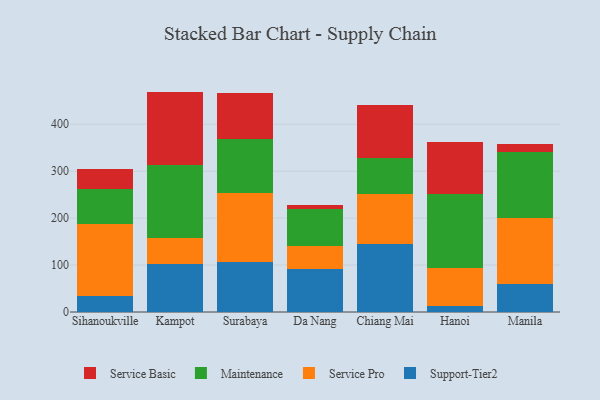
{"axis": {"x": "City", "y": "Shipments"}, "legend": ["Maintenance", "Service Basic", "Service Pro", "Support-Tier2"], "data": [{"x": "Sihanoukville", "y": 34.9, "type": "Support-Tier2"}, {"x": "Sihanoukville", "y": 151.8, "type": "Service Pro"}, {"x": "Sihanoukville", "y": 74.9, "type": "Maintenance"}, {"x": "Sihanoukville", "y": 42.1, "type": "Service Basic"}, {"x": "Kampot", "y": 102.8, "type": "Support-Tier2"}, {"x": "Kampot", "y": 54.0, "type": "Service Pro"}, {"x": "Kampot", "y": 155.3, "type": "Maintenance"}, {"x": "Kampot", "y": 157.4, "type": "Service Basic"}, {"x": "Surabaya", "y": 106.5, "type": "Support-Tier2"}, {"x": "Surabaya", "y": 147.1, "type": "Service Pro"}, {"x": "Surabaya", "y": 115.6, "type": "Maintenance"}, {"x": "Surabaya", "y": 96.8, "type": "Service Basic"}, {"x": "Da Nang", "y": 92.5, "type": "Support-Tier2"}, {"x": "Da Nang", "y": 47.3, "type": "Service Pro"}, {"x": "Da Nang", "y": 78.8, "type": "Maintenance"}, {"x": "Da Nang", "y": 9.4, "type": "Service Basic"}, {"x": "Chiang Mai", "y": 145.8, "type": "Support-Tier2"}, {"x": "Chiang Mai", "y": 105.6, "type": "Service Pro"}, {"x": "Chiang Mai", "y": 77.1, "type": "Maintenance"}, {"x": "Chiang Mai", "y": 111.5, "type": "Service Basic"}, {"x": "Hanoi", "y": 13.4, "type": "Support-Tier2"}, {"x": "Hanoi", "y": 81.3, "type": "Service Pro"}, {"x": "Hanoi", "y": 157.3, "type": "Maintenance"}, {"x": "Hanoi", "y": 111.1, "type": "Service Basic"}, {"x": "Manila", "y": 59.9, "type": "Support-Tier2"}, {"x": "Manila", "y": 141.1, "type": "Service Pro"}, {"x": "Manila", "y": 139.4, "type": "Maintenance"}, {"x": "Manila", "y": 18.3, "type": "Service Basic"}]}